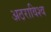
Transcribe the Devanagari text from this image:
अठराविश्व